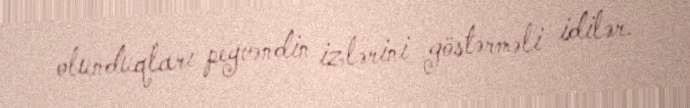
olunduqları peyvəndin izlərini göstərməli idilər.